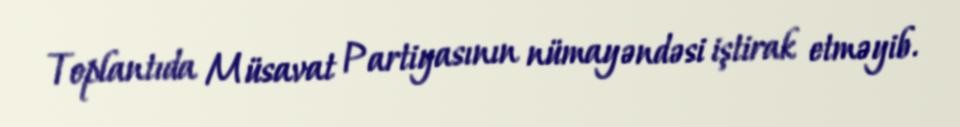
Toplantıda Müsavat Partiyasının nümayəndəsi iştirak etməyib.